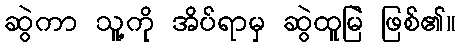
ဆွဲကာ သူ့ကို အိပ်ရာမှ ဆွဲထူမြဲ ဖြစ်၏။